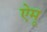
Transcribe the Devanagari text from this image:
ऐमू